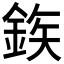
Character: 𮡽